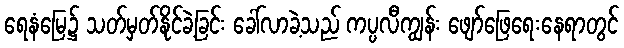
ရေနံမြေ၌ သတ်မှတ်နိုင်ခဲ့ခြင်း ခေါ်လာခဲ့သည် ကပ္ပလီကျွန်း ဖျော်ဖြေရေးနေရာတွင်